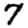
Digit: 7